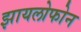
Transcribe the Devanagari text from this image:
झायलोफोन